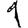
Digit: 1